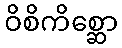
ဝိစိကိစ္ဆော